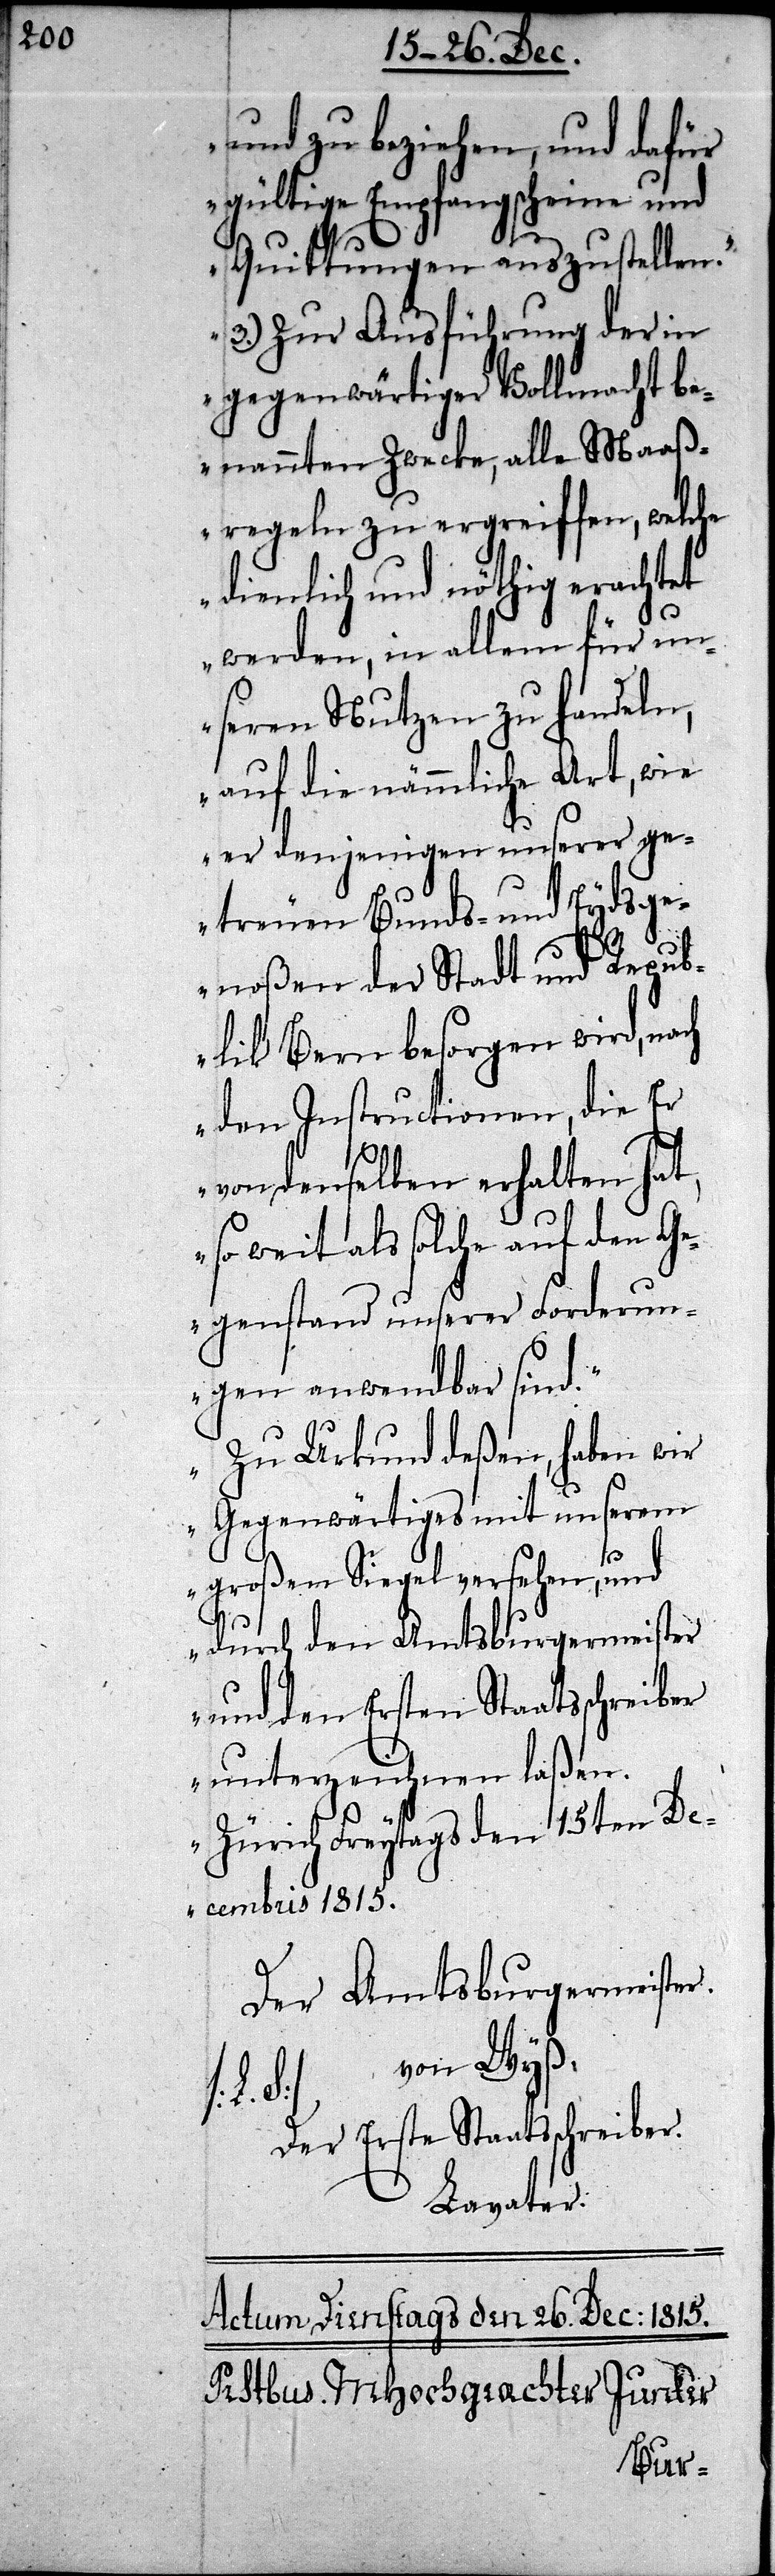
und zu beziehen, und dafür
gültige Empfangsscheine und
Quittungen auszustellen.
3.) Zur Ausführung der in
gegenwärtiger Vollmacht b¬
enannten Zwecke, alle Maaß¬
regeln zu ergreiffen, welche
dienlich und nöthig erachtet
werden, in allem für un¬
seren Nutzen zu handeln,
auf die nämmliche Art, wie
er denjenigen unserer ge¬
treuen Bunds- und Eydsge¬
noßen der Stadt und Repub¬
lik Bern besorgen wird, nach
den Instructionen, die Er
von denselben erhalten hat,
so weit als solche auf den Ge¬
genstand unserer Forderun¬
gen anwendbar sind.
Zu Urkund deßen, haben wir
Gegenwärtiges mit unserem
großen Siegel versehen, und
durch den Amtsburgermeister
und den Ersten Staatsschreiber
unterzeichnen laßen.
Zürich Freytags den 15ten De¬
cembris 1815.
Der Amtsburgermeister.
Der Erste Staatsschreiber.
Lavater.